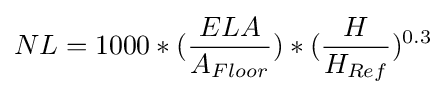
NL=1000*({ELA \over A_{Floor}})*({H \over H_{Ref}})^{0.3}\,\!